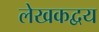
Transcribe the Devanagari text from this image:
लेखकद्वय